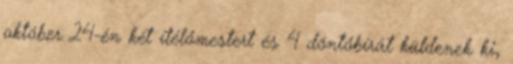
október 24-én két ítélőmestert és 4 döntőbírát küldenek ki,